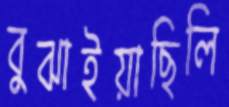
বুঝাইয়াছিলি